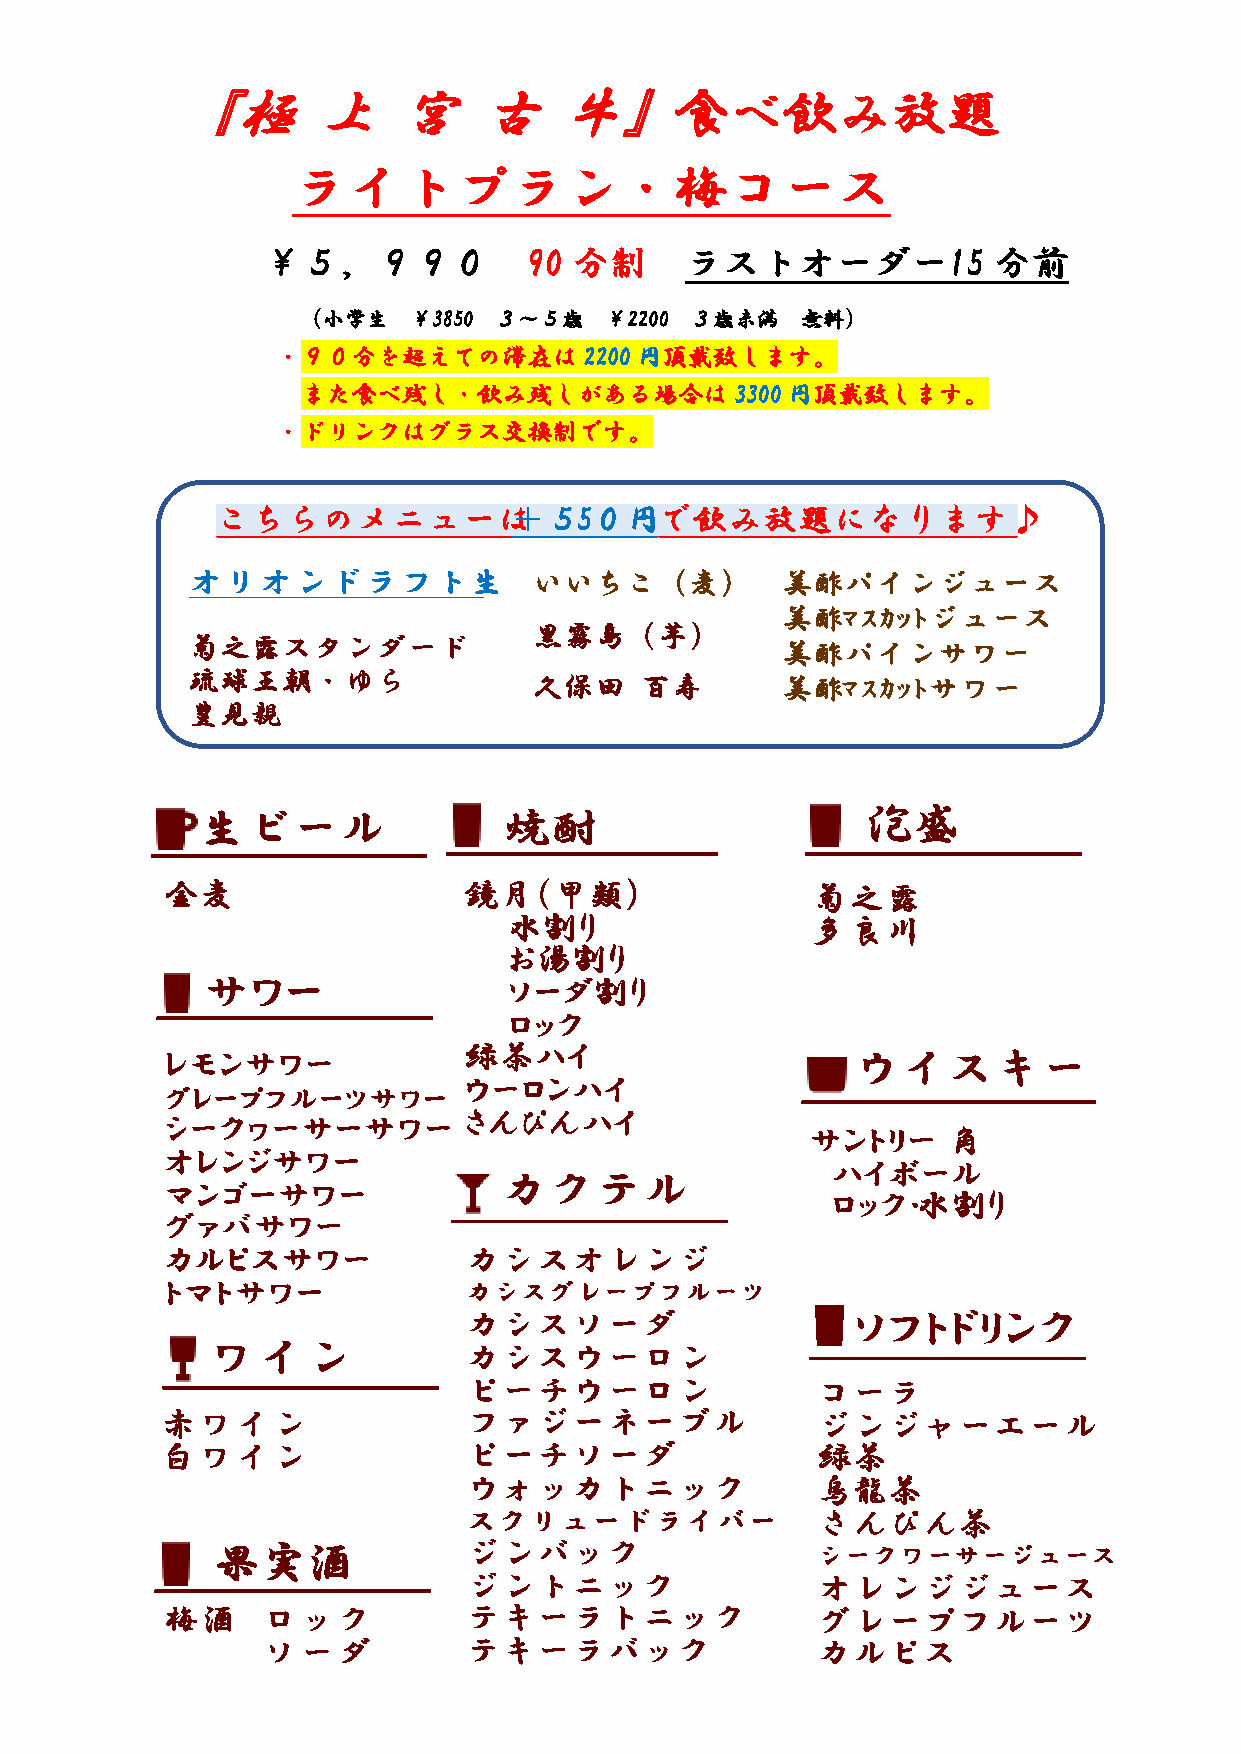
『極       上    宮     古    牛』食べ飲み放題
 ライトプラン・梅コース
 ￥５，９９０            90 分制     ラストオーダー15            分前
 （小学生   ￥3850 ３～５歳   ￥2200 ３歳未満   無料）
 ・９０分を超えての滞在は2200        円頂戴致します。
 また食べ残し・飲み残しがある場合は            3300円頂戴致します。
 ・ドリンクはグラス交換制です。
 こちらのメニューは＋５5０円で飲み放題になります♪
 オリオンドラフト生              いいちこ（麦）          美酢パインジュース
 美酢ﾏｽｶｯﾄジュース
 黒霧島    （芋）
 菊之露スタンダード                               美酢パインサワー
 琉球王朝・ゆら                久保田    百寿        美酢ﾏｽｶｯﾄサワー
 豊見親
 生ビール                焼酎                      泡盛
 金麦                  鏡月（甲類）                 菊之露
 水割り                 多良川
 お湯割り
 サワー                 ソーダ割り
 ロック
 レモンサワー              緑茶ハイ                      ウイスキー
 ウーロンハイ
 グレープフルーツサワー
 シークヮーサーサワー          さんぴんハイ
 サントリー    角
 オレンジサワー
 ハイボール
 カクテル
 マンゴーサワー
 ロック･水割り
 グァバサワー
 カルピスサワー             カシスオレンジ
 トマトサワー              カシスグレープフルーツ
 カシスソーダ                    ソフトドリンク
 ワイン              カシスウーロン
 ピーチウーロン                コーラ
 赤ワイン                ファジーネーブル               ジンジャーエール
 白ワイン                ピーチソーダ                 緑茶
 ウォッカトニック               烏龍茶
 スクリュードライバー             さんぴん茶
 果実酒              ジンバック                  シークワーサージュース
 ジントニック                 オレンジジュース
 梅酒    ロック           テキーラトニック               グレープフルーツ
 ソーダ           テキーラバック                カルピス